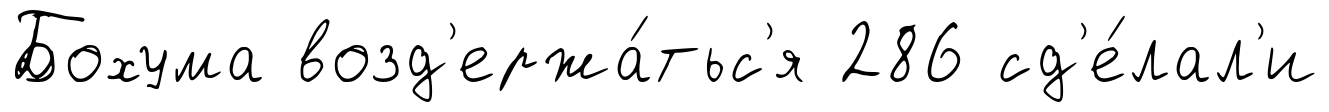
Бохума возд'ержа́тьс'я 286 сд'е́лал'и